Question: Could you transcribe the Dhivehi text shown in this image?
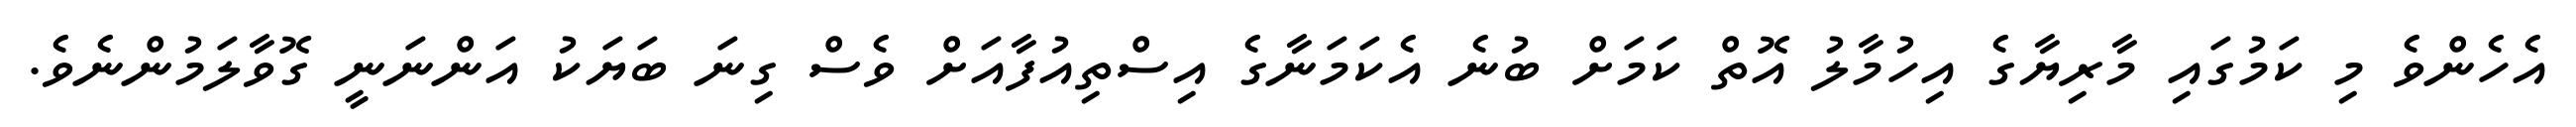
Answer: އެހެންވެ މި ކަމުގައި މާރިޔާގެ އިހުމާލު އޮތް ކަމަށް ބުނެ އެކަމަނާގެ އިސްތިއުފާއަށް ވެސް ގިނަ ބަޔަކު އަންނަނީ ގޮވާލަމުންނެވެ.